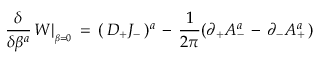
{ \frac { \delta } { \delta \beta ^ { a } } } \, W \vert _ { _ { \beta = 0 } } \, = \, ( \, D _ { + } J _ { - } \, ) ^ { a } \, - \, { \frac { 1 } { 2 \pi } } ( \partial _ { + } A _ { - } ^ { a } \, - \, \partial _ { - } A _ { + } ^ { a } \, )